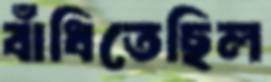
বাঁধিতেছিল